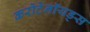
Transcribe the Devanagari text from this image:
करोटेनॉयड्स